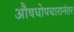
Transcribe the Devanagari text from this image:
औषधोपचारानंतर